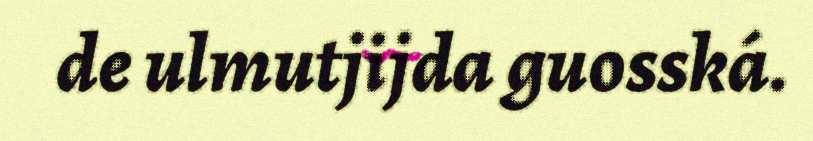
de ulmutjijda guosská.